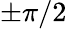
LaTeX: \pm\pi/2